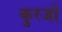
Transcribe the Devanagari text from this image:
कुरजों